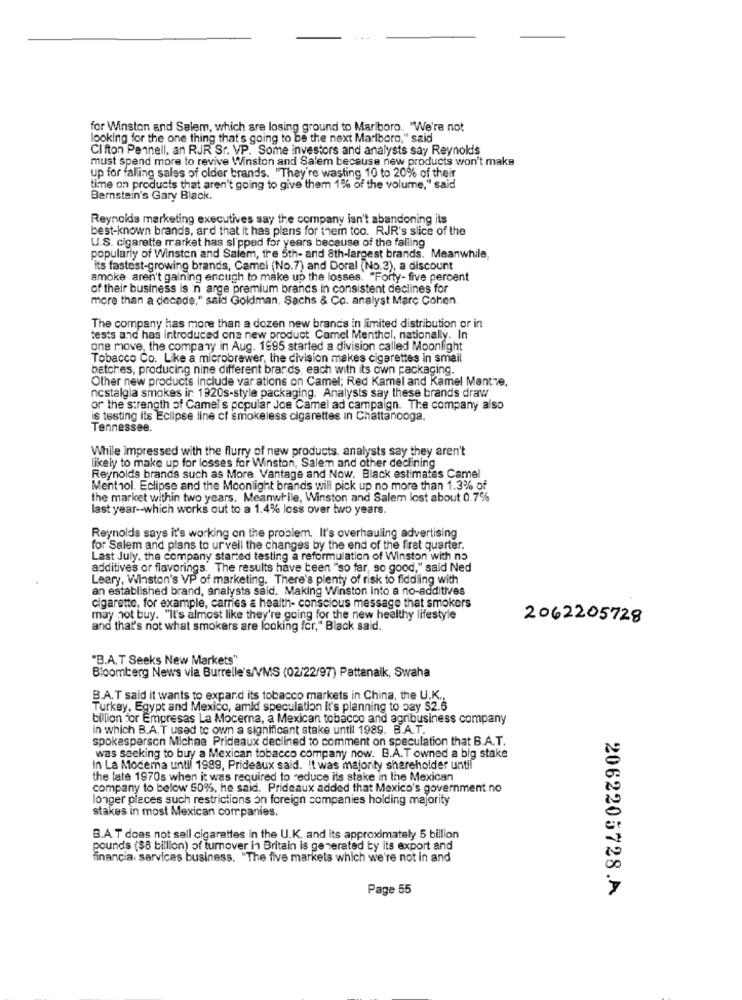
for Winston and Salem, which are losing ground to Marlboro. "We're not
looking for the one thing that's going to be the next Marlboro," said
Clifton Pennell, an RJR Sr. VP. Some investors and analysts say Reynolds
must spend more to revive Winston and Salem because new products won't make
up for falling sales of older brands. "They're wasting 10 to 20% of their
time on products that aren't going to give them 1% of the volume," said
Bernstein's Gary Black.
Reynolds marketing executives say the company isn't abandoning its
best-known brands, ard that it has plans for them too. RJR's slice of the
U.S. cigarette market has sl'pped for years because of the falling
popularly of Winsten and Salem, tre 5th- and 8th-largest brands. Meanwhile,
"its fastest-growing brands, Camel (No.7) and Doral (No.3), a discount
smoke aren't gaining enough to make up the losses. "Forty- five percent
of their business is in arge premium brands in consistent declines for
more than a decade," said Goldman, Sachs & Co. analyst Marc Cohen.
The company has more than a dozen new brancs in limited distribution or in
tests and has introduced ons new product Camel Menthol, nationally. In
one move, the company in Aug. 1995 started a division called Moonlight
Tobacco Co. Like a microbrewer, the division makes cigarettes in small
batches, producing nine different brands, each with its own packaging.
Other new products Include var ations on Camel; Red Kamel and Kamel Mente,
nostalgia smokes in 1920s-style packaging. Analysts say these brands draw
or the strength of Camel's popular Joe Camel ad campaign. The company also
is testing its Eclipse line cf smokeless cigarettes in Chattanooga.
Tennessee.
While impressed with the flurry of new products, analysts say they aren't
likely to make up for losses for Winston, Salem and other declining
Reynolds brands such as More. Vantage and Now. Black estimates Camel
Menthol. Eclipse and the Moonlight brands will pick up no more than 1.3% of
the market within two years. Meanwhile, Winston and Salem lost about 0.7%
last year -- which works out to a 1.4% loss over two years.
Reynolds says it's working on the problem. It's overhauling advertising
for Salem and plans to ur vell the changes by the end of the first quarter.
Last July. the company started testing a reformulation of Winston with no
additives or flavorings. The results have been "so far, so good," said Ned
Leary, Winston's VP of marketing. There's plenty of risk to fiddling with
an established brand, analysts said. Making Winston into a no-additives
cigarette, for example, carries & health- conscious message that smokers
may not buy. "It's almost like they're going for the new healthy lifestyle
2062205728
and that's not what smokers are looking for," Black said.
"B.A.T Seeks New Markets"
Bloomberg News via Burrelle's/VMS (02/22/97) Pattanaik, Swaha
B.A.T said it wants to expand its tobacco markets in China, the U.K .,
Turkey, Egypt and Mexico, amid speculation it's planning to pay $2.6
billion for Empresas La Mocerna, a Mexican tobacco and agribusiness company
in which B.A.T used to own a significant stake until 1989. B.A.T.
spokesperson Michae Prideaux declined to comment on speculation that B.A.T.
was seeking to buy a Mexican tobacco company now. B.A.T owned a big stake
in La Moderna until 1989, Prideaux said. It was majority shareholder until
the late 1970s when it was required to reduce its stake in the Mexican
company to below 60%, he said. Prideaux added that Mexico's government no
longer places such restrictions on foreign companies holding majority
stakes in most Mexican companies.
B.A. T does not sell cigarettes in the U.K. and its approximately 5 billion
pounds ($8 billion) of turnover in Britain is generated by its export and
financia. services business. "The five markets which we're not in and
Page 55
2062205728.A